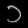
Digit: ၁